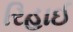
રિહાઈ